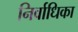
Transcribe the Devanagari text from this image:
निर्वाधिका